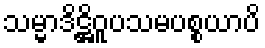
သမ္မာဒိဋ္ဌိဝူပသမပစ္စယာပိ